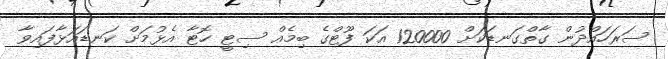
ސަރަހައްދުން ގާތްގަނޑަކަށް 120000 އަކަ ފޫޓްގެ ބިމެއް ސިޓީ ހޮޓާ އެޅުމަށް ކަނޑައަޅާފައިވާ